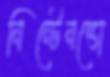
নিন্টেনন্ডো